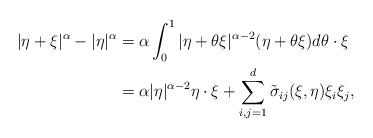
LaTeX: \begin{align*}|\eta+\xi|^{\alpha} - |\eta|^{\alpha} & = \alpha \int_0^1 |\eta+\theta \xi|^{\alpha-2} (\eta+\theta \xi) d\theta \cdot \xi \\& = \alpha |\eta|^{\alpha-2} \eta \cdot \xi + \sum_{i,j=1}^d \tilde \sigma_{ij} (\xi,\eta) \xi_i \xi_j,\end{align*}